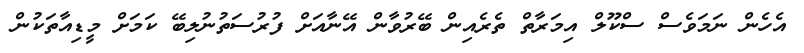
އެހެން ނަމަވެސް ސްކޫލް އިމަރާތް ތެރެއިން ބޭރުވާން އޭނާއަށް ފުރުސަތުނުލިބޭ ކަމަށް މީޑިއާތަކުން